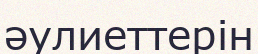
әулиеттерін